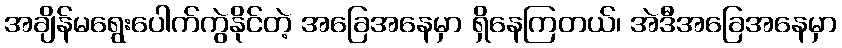
အချိန်မရွေးပေါက်ကွဲနိုင်တဲ့ အခြေအနေမှာ ရှိနေကြတယ်၊ အဲဒီအခြေအနေမှာ